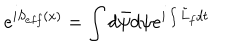
e ^ { i S _ { e f f } ( x ) } = \int d \bar { \psi } d \psi e ^ { i \int \tilde { L } _ { f } d t }